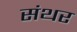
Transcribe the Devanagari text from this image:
संथर